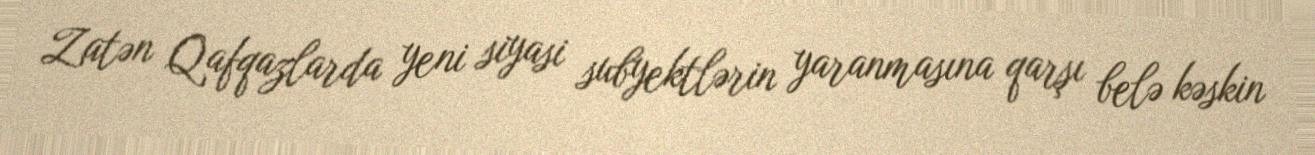
Zatən Qafqazlarda yeni siyasi subyektlərin yaranmasına qarşı belə kəskin